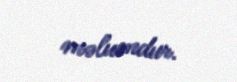
məlumdur.